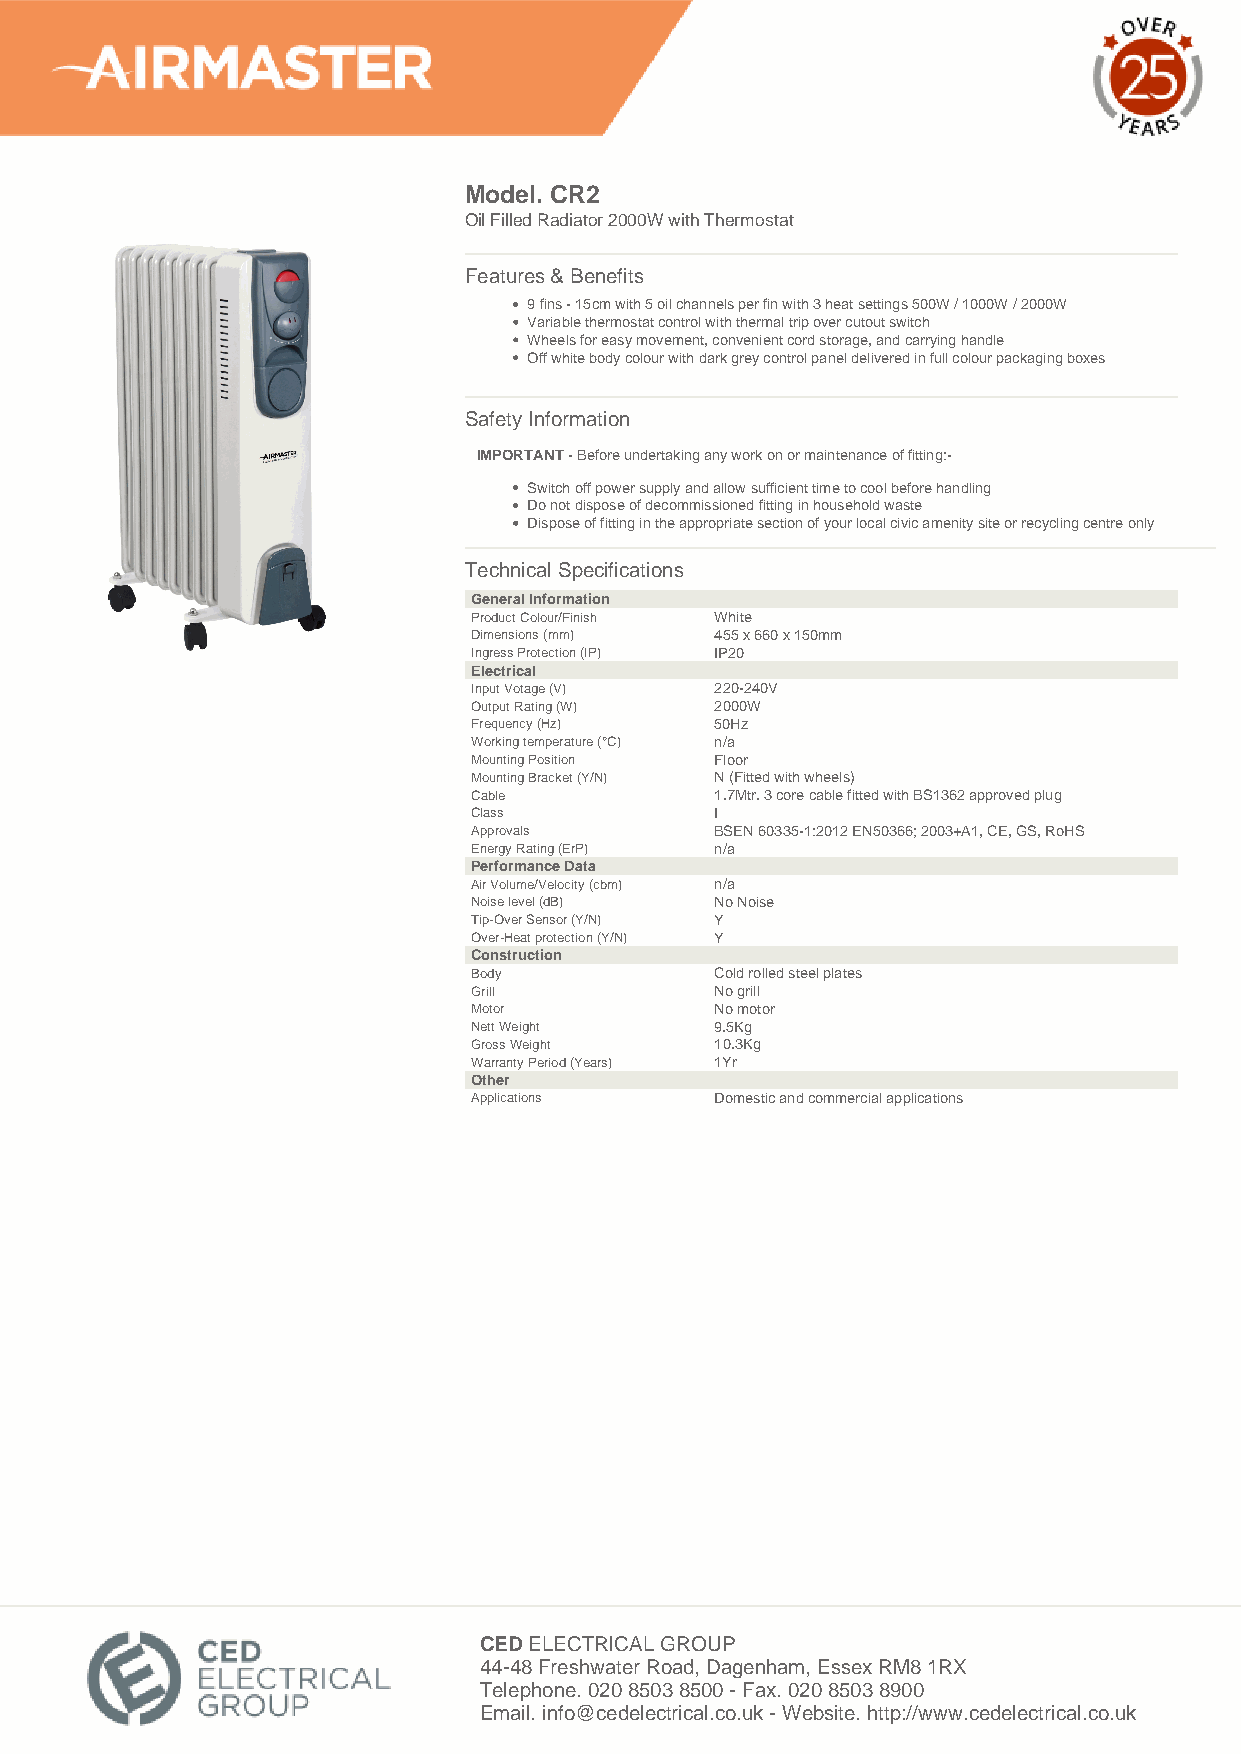
Model. CR2
 Oil Filled Radiator 2000W with Thermostat
 Features & Benefits
 9 fins - 15cm with 5 oil channels per fin with 3 heat settings 500W / 1000W / 2000W
 Variable thermostat control with thermal trip over cutout switch
 Wheels for easy movement, convenient cord storage, and carrying handle
 Off white body colour with dark grey control panel delivered in full colour packaging boxes
 Safety Information
 IMPORTANT - Before undertaking any work on or maintenance of fitting:-
 Switch off power supply and allow sufficient time to cool before handling
 Do not dispose of decommissioned fitting in household waste
 Dispose of fitting in the appropriate section of your local civic amenity site or recycling centre only
 Technical Specifications
 General Information
 Product Colour/Finish White
 Dimensions (mm) 455 x 660 x 150mm
 Ingress Protection (IP) IP20
 Electrical
 Input Votage (V) 220-240V
 Output Rating (W) 2000W
 Frequency (Hz)  50Hz
 Working temperature (°C) n/a
 Mounting Position Floor
 Mounting Bracket (Y/N) N (Fitted with wheels)
 Cable           1.7Mtr. 3 core cable fitted with BS1362 approved plug
 Class           I
 Approvals       BSEN 60335-1:2012 EN50366; 2003+A1, CE, GS, RoHS
 Energy Rating (ErP) n/a
 Performance Data
 Air Volume/Velocity (cbm) n/a
 Noise level (dB) No Noise
 Tip-Over Sensor (Y/N) Y
 Over-Heat protection (Y/N) Y
 Construction
 Body            Cold rolled steel plates
 Grill           No grill
 Motor           No motor
 Nett Weight     9.5Kg
 Gross Weight    10.3Kg
 Warranty Period (Years) 1Yr
 Other
 Applications    Domestic and commercial applications
 CED ELECTRICAL GROUP
 44-48 Freshwater Road, Dagenham, Essex RM8 1RX
 Telephone. 020 8503 8500 - Fax. 020 8503 8900
 Email. info@cedelectrical.co.uk - Website. http://www.cedelectrical.co.uk